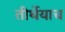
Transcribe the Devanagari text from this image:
तीर्थेयाच